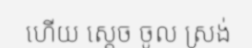
ហើយ ស្តេច ចូល ស្រង់